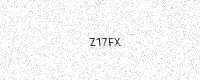
Text: Z17FX